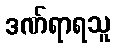
ဒဏ်ရာရသူ